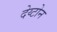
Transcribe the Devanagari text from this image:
देय्टोन